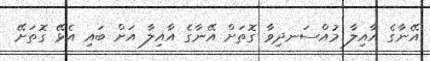
އޭނާގެ އާއިލާ މުއްސަނދިވާ ގޮތަށް އޭނާގެ އާއިލާ އަށް ބައި އެޅޭ ގޮތަށޭ